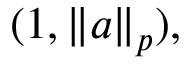
( 1 , \| a \| _ { p } ) ,